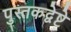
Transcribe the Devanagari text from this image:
पुस्तकद्वेष्टे